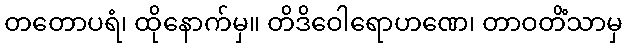
တတောပရံ၊ ထိုနောက်မှ။ တိဒိဝေါရောဟဏေ၊ တာဝတိံသာမှ